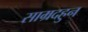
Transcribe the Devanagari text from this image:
साम्रदहुन